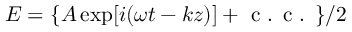
E = \{ A \exp [ i ( \omega t - k z ) ] + \textrm { c . c . } \} / 2